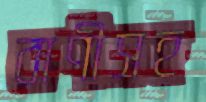
বাণীসহ